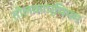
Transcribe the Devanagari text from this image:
तोलकाप्पियम